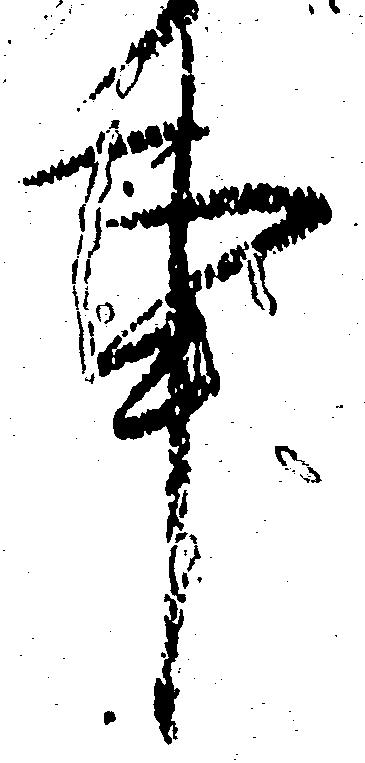
事